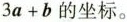
$$3a+b$$的坐标。